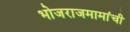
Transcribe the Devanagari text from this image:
भोजराजमामांची